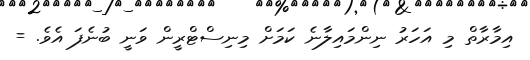
އިމާރާތް މި އަހަރު ނިންމައިލާނެ ކަމަށް މިނިސްޓްރީން ވަނީ ބުނެފަ އެވެ. =